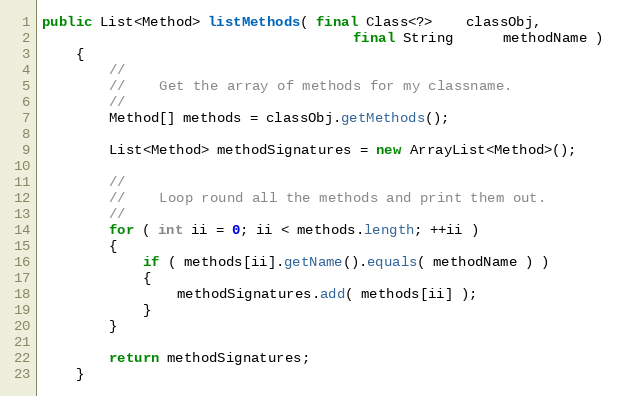
Language: Java
public List<Method> listMethods( final Class<?>    classObj,
                                     final String      methodName )
    {
        //
        //    Get the array of methods for my classname.
        //
        Method[] methods = classObj.getMethods();

        List<Method> methodSignatures = new ArrayList<Method>();

        //
        //    Loop round all the methods and print them out.
        //
        for ( int ii = 0; ii < methods.length; ++ii )
        {
            if ( methods[ii].getName().equals( methodName ) )
            {
                methodSignatures.add( methods[ii] );
            }
        }

        return methodSignatures;
    }